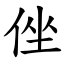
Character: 侳